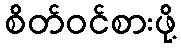
စိတ်ဝင်စားဖို့